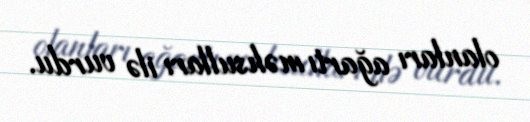
olanları ağartı məhsulları ilə vurdu.